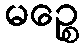
မဉ္စေ